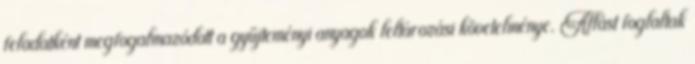
feladatként megfogalmazódott a gyűjteményi anyagok leltározási követelménye. Állást foglaltak